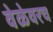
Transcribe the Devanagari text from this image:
वेळेवरच